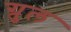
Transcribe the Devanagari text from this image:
ग्रुल